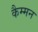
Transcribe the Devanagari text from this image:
कैम्मन